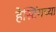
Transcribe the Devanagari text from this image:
हेस्टिंगच्या